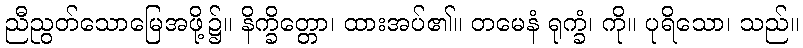
ညီညွတ်သောမြေအဖို့၌။ နိက္ခိတ္တော၊ ထားအပ်၏။ တမေနံ ရုက္ခံ၊ ကို။ ပုရိသော၊ သည်။